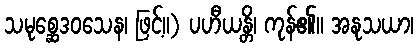
သမုစ္ဆေဒဝသေန၊ ဖြင့်။) ပဟီယန္တိ၊ ကုန်၏။ အနုသယာ၊